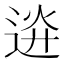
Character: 䢠